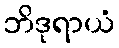
ဘိဒုရာယံ